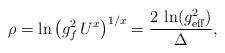
LaTeX: \begin{align*}\rho=\ln \left( g^2_f \, U^{x}\right)^{1/x}={2\, \ln(g^2_{\rm eff}) \over \Delta},\end{align*}